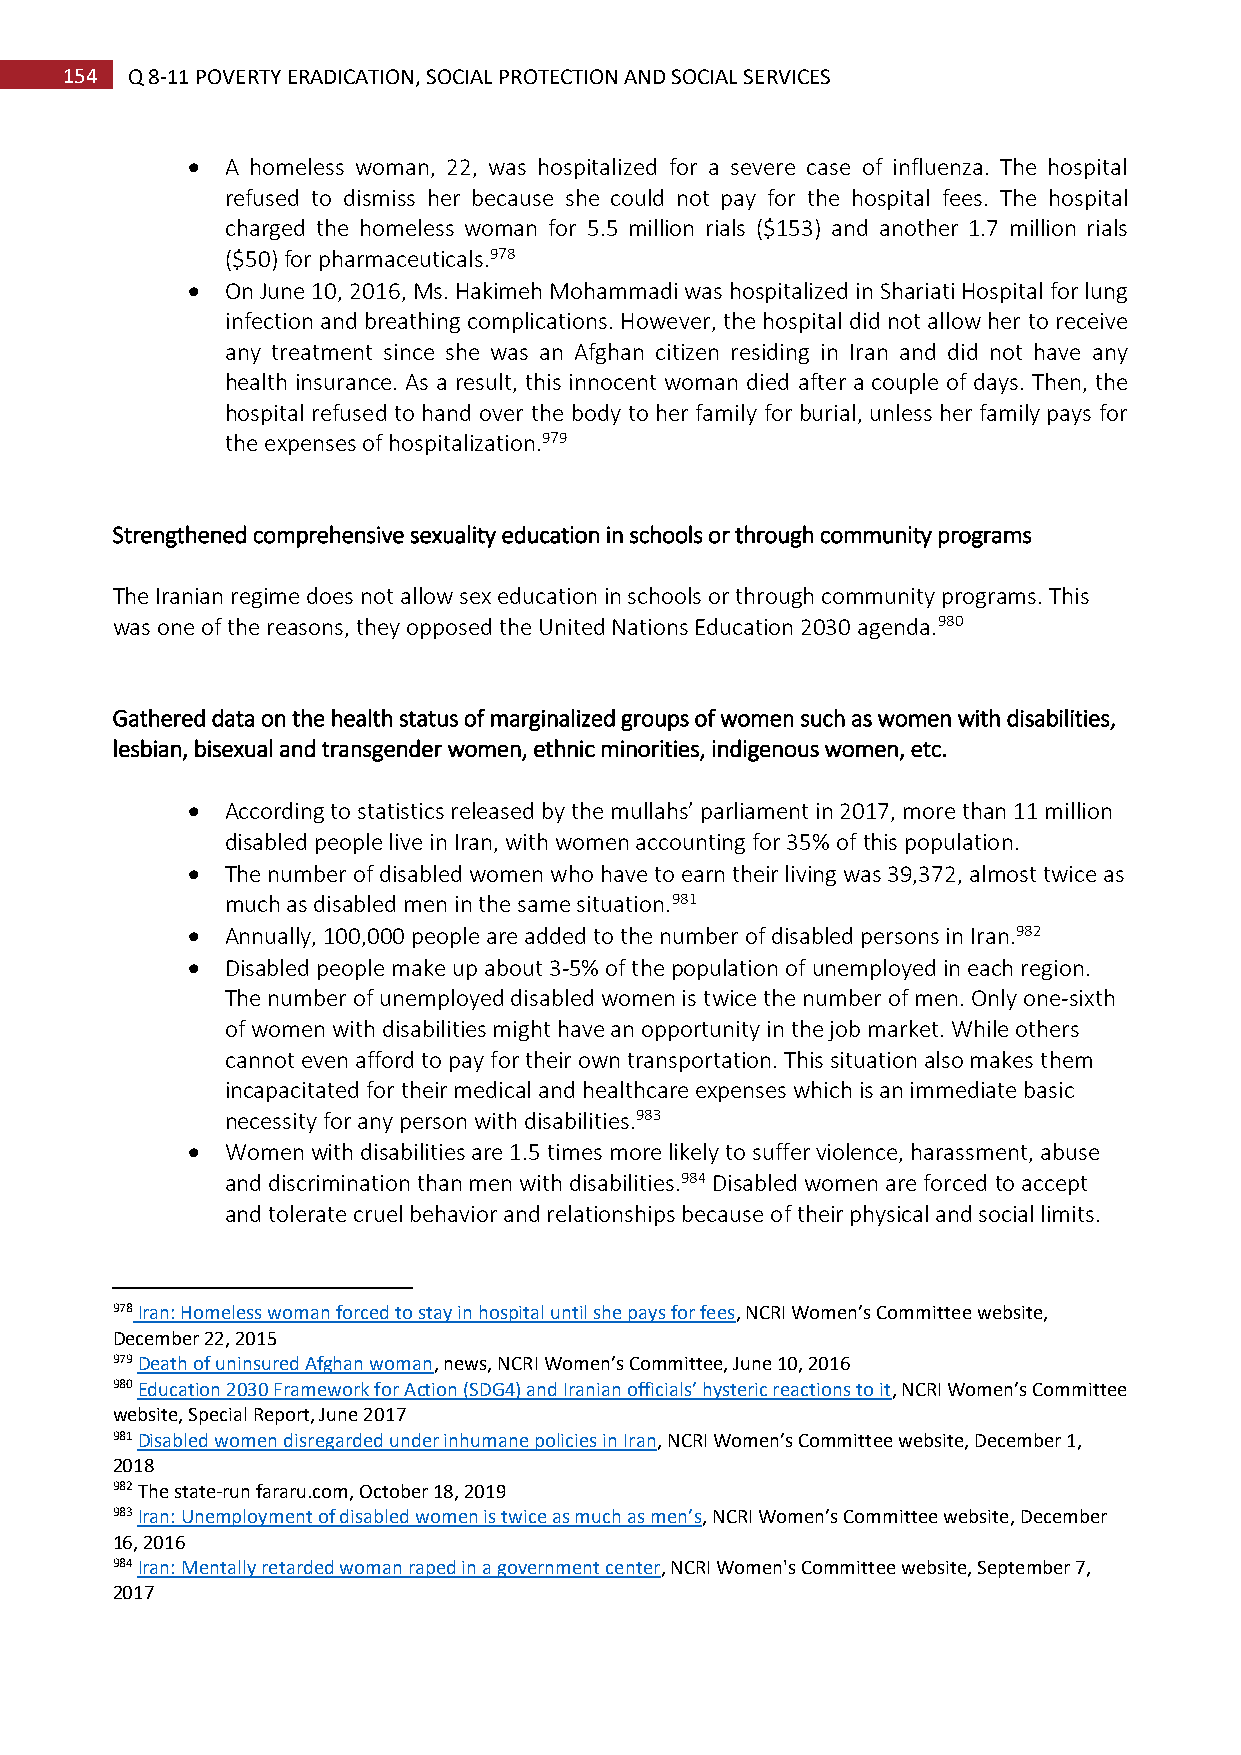
154 Q 8-11 POVERTY ERADICATION, SOCIAL PROTECTION AND SOCIAL SERVICES
   A homeless woman, 22, was hospitalized for a severe case of influenza. The hospital
 refused to dismiss her because she could not pay for the hospital fees. The hospital
 charged the homeless woman for 5.5 million rials ($153) and another 1.7 million rials
 ($50) for pharmaceuticals.978
   On June 10, 2016, Ms. Hakimeh Mohammadi was hospitalized in Shariati Hospital for lung
 infection and breathing complications. However, the hospital did not allow her to receive
 any treatment since she was an Afghan citizen residing in Iran and did not have any
 health insurance. As a result, this innocent woman died after a couple of days. Then, the
 hospital refused to hand over the body to her family for burial, unless her family pays for
 the expenses of hospitalization.979
 Strengthened comprehensive sexuality education in schools or through community programs
 The Iranian regime does not allow sex education in schools or through community programs. This
 was one of the reasons, they opposed the United Nations Education 2030 agenda.980
 Gathered data on the health status of marginalized groups of women such as women with disabilities,
 lesbian, bisexual and transgender women, ethnic minorities, indigenous women, etc.
   According to statistics released by the mullahs’ parliament in 2017, more than 11 million
 disabled people live in Iran, with women accounting for 35% of this population.
   The number of disabled women who have to earn their living was 39,372, almost twice as
 much as disabled men in the same situation.981
   Annually, 100,000 people are added to the number of disabled persons in Iran.982
   Disabled people make up about 3-5% of the population of unemployed in each region.
 The number of unemployed disabled women is twice the number of men. Only one-sixth
 of women with disabilities might have an opportunity in the job market. While others
 cannot even afford to pay for their own transportation. This situation also makes them
 incapacitated for their medical and healthcare expenses which is an immediate basic
 necessity for any person with disabilities.983
   Women with disabilities are 1.5 times more likely to suffer violence, harassment, abuse
 and discrimination than men with disabilities.984 Disabled women are forced to accept
 and tolerate cruel behavior and relationships because of their physical and social limits.
 978 Iran: Homeless woman forced to stay in hospital until she pays for fees, NCRI Women’s Committee website,
 December 22, 2015
 979 Death of uninsured Afghan woman, news, NCRI Women’s Committee, June 10, 2016
 980 Education 2030 Framework for Action (SDG4) and Iranian officials’ hysteric reactions to it, NCRI Women’s Committee
 website, Special Report, June 2017
 981 Disabled women disregarded under inhumane policies in Iran, NCRI Women’s Committee website, December 1,
 2018
 982 The state-run fararu.com, October 18, 2019
 983 Iran: Unemployment of disabled women is twice as much as men’s, NCRI Women’s Committee website, December
 16, 2016
 984 Iran: Mentally retarded woman raped in a government center, NCRI Women's Committee website, September 7,
 2017